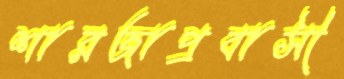
শারজাপ্রবাসী